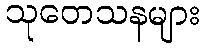
သုတေသနများ